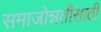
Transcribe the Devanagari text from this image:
समाजोन्नतीसाठी